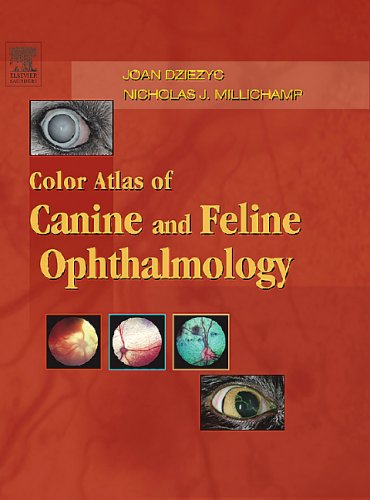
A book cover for Color Atlas of Canine and Feline Ophthalmology, 1e; Joan Dziezyc; Medical Books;